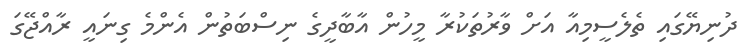
ދުނިޔޭގައި ތެލެސީމިއާ އަށް ވާރުތަކުރާ މީހުން އާބާދީގެ ނިސްބަތުން އެންމެ ގިނައީ ރާއްޖޭގަ